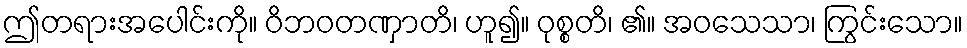
ဤတရားအပေါင်းကို။ ဝိဘဝတဏှာတိ၊ ဟူ၍။ ဝုစ္စတိ၊ ၏။ အဝသေသာ၊ ကြွင်းသော။